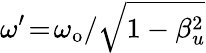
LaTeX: \omega^{\prime}\! =\! \omega_{\mathrm{o}}/\sqrt{1-\beta_{u}^{2}}